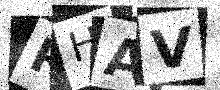
Text: RHAV